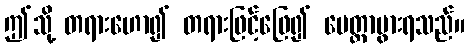
ဤသို့ တရားဟော၍ တရားဖြင့်ဖြေ၍ မေတ္တာပွားရသည်။